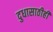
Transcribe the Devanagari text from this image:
दुधासाठीही